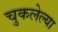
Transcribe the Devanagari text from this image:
चुकलेल्या